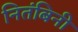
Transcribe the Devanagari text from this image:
नितंबिनी